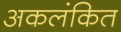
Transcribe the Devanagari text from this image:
अकलंकित